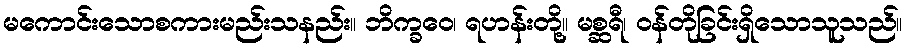
မကောင်းသောစကားမည်းသနည်း။ ဘိက္ခဝေ၊ ရဟန်းတို့။ မစ္ဆရီ၊ ဝန်တိုခြင်းရှိသောသူသည်။